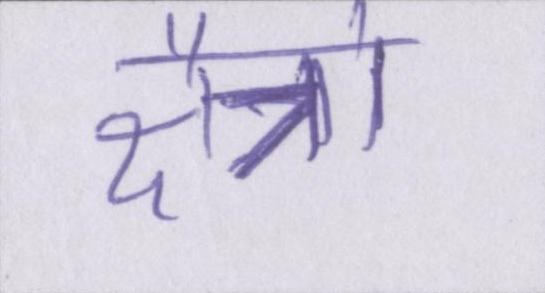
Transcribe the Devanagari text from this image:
क्षैत्रो